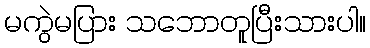
မကွဲမပြား သဘောတူပြီးသားပါ။